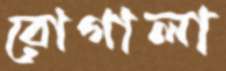
রোগালা